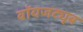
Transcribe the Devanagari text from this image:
वॉयजट्यूब